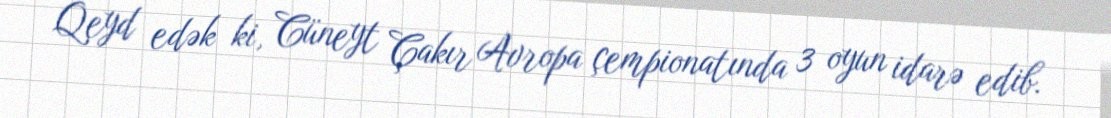
Qeyd edək ki, Cüneyt Çakır Avropa çempionatında 3 oyun idarə edib.